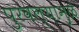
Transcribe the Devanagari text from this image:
पुरवल्यामुळे